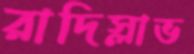
রাদিস্লাভ